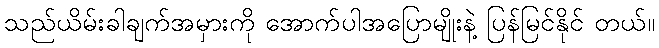
သည်ယိမ်းခါချက်အမှားကို အောက်ပါအပြောမျိုးနဲ့ ပြန်မြင်နိုင် တယ်။